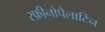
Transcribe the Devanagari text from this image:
स्फ़ीनोपैलाटिन